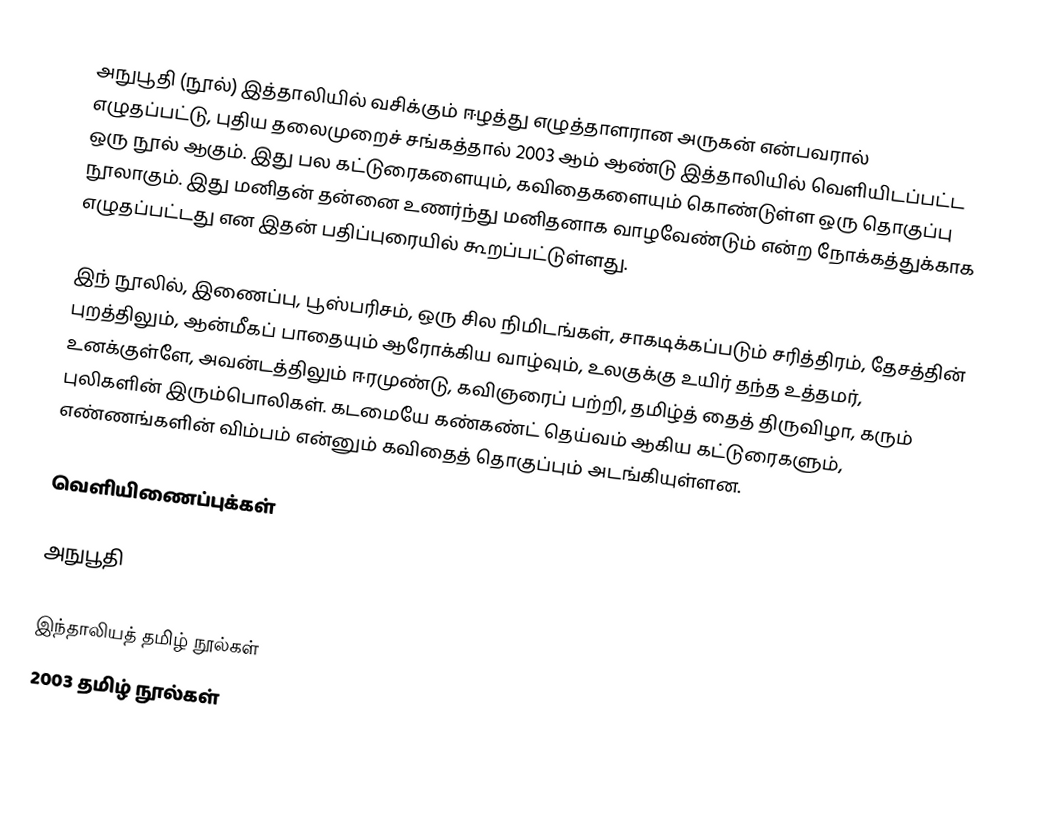
அநுபூதி (நூல்) இத்தாலியில் வசிக்கும் ஈழத்து எழுத்தாளரான அருகன் என்பவரால் எழுதப்பட்டு, புதிய தலைமுறைச் சங்கத்தால் 2003 ஆம் ஆண்டு இத்தாலியில் வெளியிடப்பட்ட ஒரு நூல் ஆகும். இது பல கட்டுரைகளையும், கவிதைகளையும் கொண்டுள்ள ஒரு தொகுப்பு நூலாகும். இது மனிதன் தன்னை உணர்ந்து மனிதனாக வாழவேண்டும் என்ற நோக்கத்துக்காக எழுதப்பட்டது என இதன் பதிப்புரையில் கூறப்பட்டுள்ளது.

இந் நூலில், இணைப்பு, பூஸ்பரிசம், ஒரு சில நிமிடங்கள், சாகடிக்கப்படும் சரித்திரம், தேசத்தின் புறத்திலும், ஆன்மீகப் பாதையும் ஆரோக்கிய வாழ்வும், உலகுக்கு உயிர் தந்த உத்தமர், உனக்குள்ளே, அவன்டத்திலும் ஈரமுண்டு, கவிஞரைப் பற்றி, தமிழ்த் தைத் திருவிழா, கரும் புலிகளின் இரும்பொலிகள். கடமையே கண்கண்ட் தெய்வம் ஆகிய கட்டுரைகளும், எண்ணங்களின் விம்பம் என்னும் கவிதைத் தொகுப்பும் அடங்கியுள்ளன.

வெளியிணைப்புக்கள்

 அநுபூதி

இந்தாலியத் தமிழ் நூல்கள்
2003 தமிழ் நூல்கள்